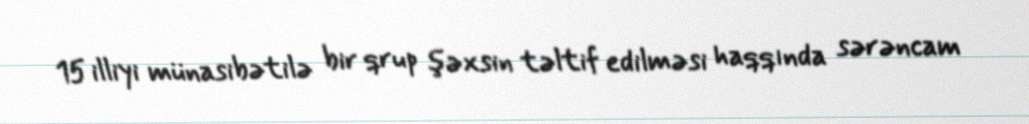
15 illiyi münasibətilə bir qrup şəxsin təltif edilməsi haqqında sərəncam